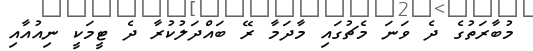
މުބާރަތުގެ ދެ ވަނަ މެޗުގައި މާދަމާ ރޭ ބައްދަލުކުރާ ދެ ޓީމަކީ ނިއުއާއި